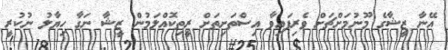
އޭނާ ޒީޝާގެ މޫނުމަށްޗަށް ވެރިފައިވާ އިސްތަށިތަށް ރީތިކޮއްލަމުން ޒީޝާ ނަގާ ހިޔާލު ނުކުރީ